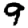
Digit: 9